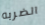
الضربه